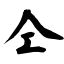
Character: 仝